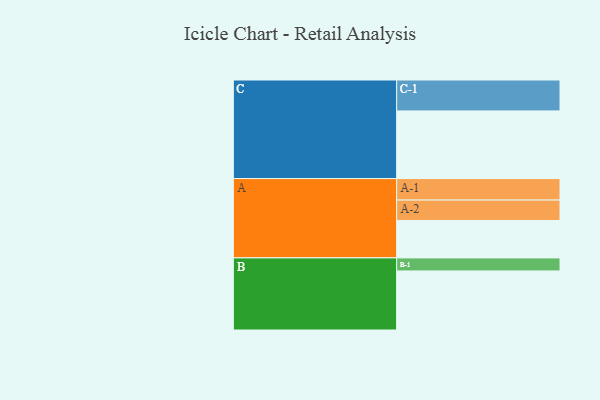
{"axis": {"x": "Segment", "y": "Value"}, "legend": ["", "A", "B", "C"], "data": [{"x": "A", "y": 310, "type": ""}, {"x": "B", "y": 489, "type": ""}, {"x": "C", "y": 560, "type": ""}, {"x": "A-1", "y": 178, "type": "A"}, {"x": "A-2", "y": 169, "type": "A"}, {"x": "B-1", "y": 108, "type": "B"}, {"x": "C-1", "y": 256, "type": "C"}]}